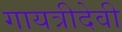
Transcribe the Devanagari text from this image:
गायत्रीदेवी